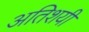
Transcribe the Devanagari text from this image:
अतिशयी